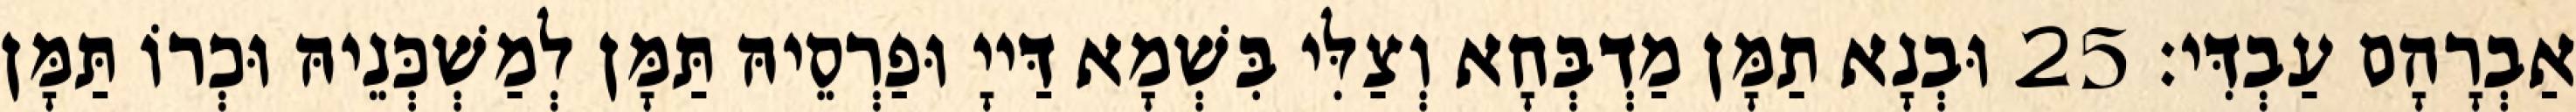
אַבְרָהָם עַבְדִּי׃ 25 וּבְנָא תַמָּן מַדְבְּחָא וְצַלִּי בִּשְׁמָא דַּייָ וּפַרְסֵיהּ תַּמָּן לְמַשְׁכְּנֵיהּ וּכְרוֹ תַּמָּן